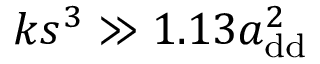
k s ^ { 3 } \gg 1 . 1 3 a _ { \mathrm { { d d } } } ^ { 2 }